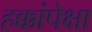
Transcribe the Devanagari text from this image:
हक्कांपेक्षा